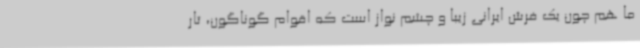
ما هم چون یک فرش ایرانی زیبا و چشم نواز است که اقوام گوناگون، تار